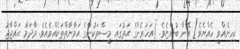
ކިހިނެއްވީ ހެއްޔެވެ] އޭނާ ބުންޏެވެ. [އަހަރެންގެ އަތުގައި މީސްތަކުންގެ އަމާނާތްތަކެއްވެއެވެ. މާދަމާ ޙައްޖާޖު